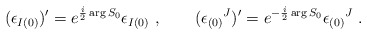
\begin{align*}(\epsilon _{I(0)}) ' = e^{{i\over 2} \arg S_0} \epsilon _{I(0)} \ , \qquad(\epsilon _{(0)}{}^J) ' = e^{- { i\over 2} \arg S_0} \epsilon _{(0)}{}^J \ .\end{align*}